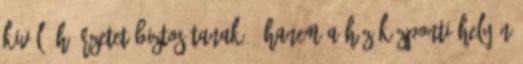
kiváló hőérzetet biztosítanak - hanem a ház központi helyén